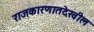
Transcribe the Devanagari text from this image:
राजकारणातदेखील